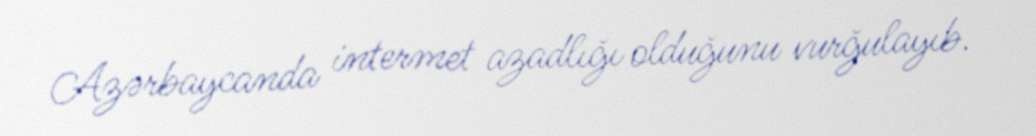
Azərbaycanda intermet azadlığı olduğunu vurğulayıb.